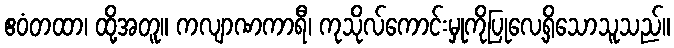
ဧဝံတထာ၊ ထို့အတူ။ ကလျာဏကာရီ၊ ကုသိုလ်ကောင်းမှုကိုပြုလေ့ရှိသောသူသည်။